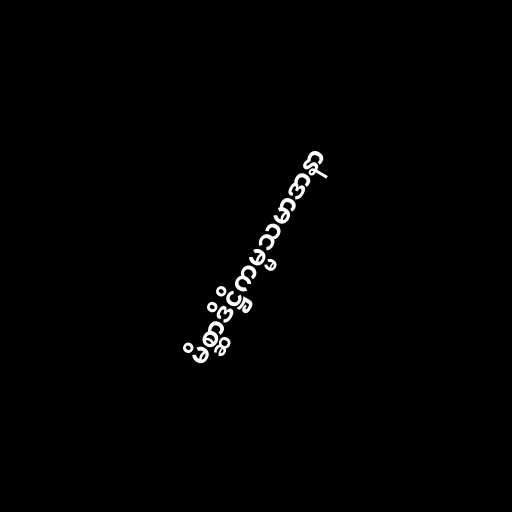
မိစ္ဆာဒိဋ္ဌိကမ္မသမာဒာနာ